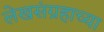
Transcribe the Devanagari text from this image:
लेखसंग्रहाच्या